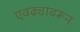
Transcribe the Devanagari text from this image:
एवढ्यावरून